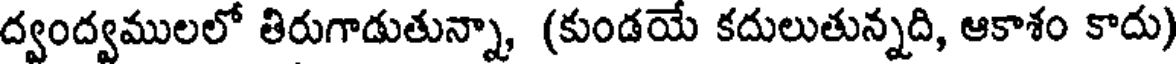
ద్వంద్వములలో తిరుగాడుతున్నా, (కుండయే కదులుతున్నది, ఆకాశం కాదు)